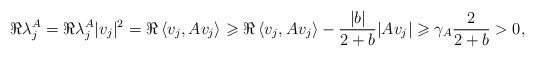
LaTeX: \begin{align*} \Re\lambda_j^A = \Re\lambda_j^A |v_j|^2 = \Re\left\langle v_j,Av_j\right\rangle \geqslant \Re\left\langle v_j,Av_j\right\rangle -\frac{|b|}{2+b}|Av_j| \geqslant \gamma_A\frac{2}{2+b} >0, \end{align*}